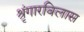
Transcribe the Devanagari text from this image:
श्रृंगारविलास